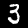
Label: 3